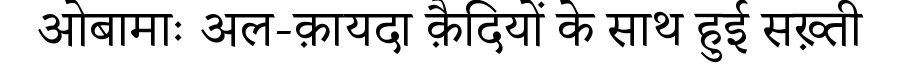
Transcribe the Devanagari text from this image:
ओबामाः अल-क़ायदा क़ैदियों के साथ हुई सख़्ती